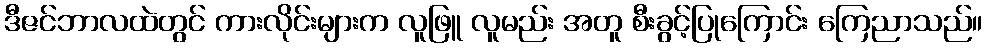
ဒီဇင်ဘာလထဲတွင် ကားလိုင်းများက လူဖြူ လူမည်း အတူ စီးခွင့်ပြုကြောင်း ကြေညာသည်။